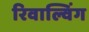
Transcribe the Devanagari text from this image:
रिवाल्विंग